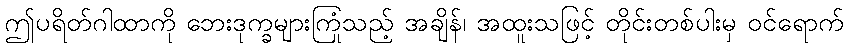
ဤပရိတ်ဂါထာကို ဘေးဒုက္ခများကြုံသည့် အချိန်၊ အထူးသဖြင့် တိုင်းတစ်ပါးမှ ဝင်ရောက်